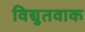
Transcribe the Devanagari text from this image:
विद्युतवाक